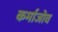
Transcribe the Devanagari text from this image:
कर्माजोव